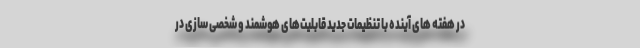
در هفته های آینده با تنظیمات جدید قابلیت‌های هوشمند و شخصی سازی در